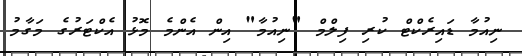
ނިއުމާ ޑައިރެކްޓް ކުރި ފިލްމް "ނިއުމާ" އިން އެންމެ މޮޅު އެކްޓަރުގެ މަގާމު